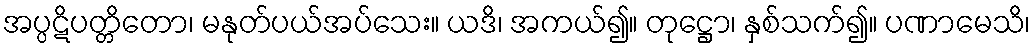
အပ္ပဋိပတ္တိတော၊ မနုတ်ပယ်အပ်သေး။ ယဒိ၊ အကယ်၍။ တုဋ္ဌော၊ နှစ်သက်၍။ ပဏာမေသိ၊